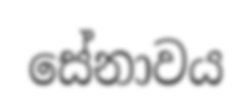
සේනාවය